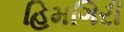
હિમગિરી